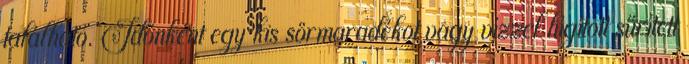
található. Időnként egy kis sörmaradékot vagy vízzel hígított sűrített